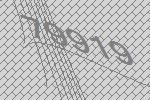
79919